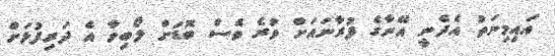
އައިމިނަތު އެދެނީ އޭނާގެ ފުރާނައަށް ވުރެ ވެސް ބޮޑަށް ލޯބިވާ އެ ދަރިފުޅަށް